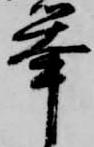
挙